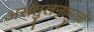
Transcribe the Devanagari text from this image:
असंतुलनामुळे